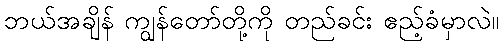
ဘယ်အချိန် ကျွန်တော်တို့ကို တည်ခင်း ဧည့်ခံမှာလဲ။